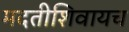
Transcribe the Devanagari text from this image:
मदतीशिवायच